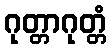
ဂုတ္တာဂုတ္တံ